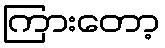
ကြားတော့